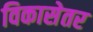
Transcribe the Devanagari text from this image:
विकासेतर